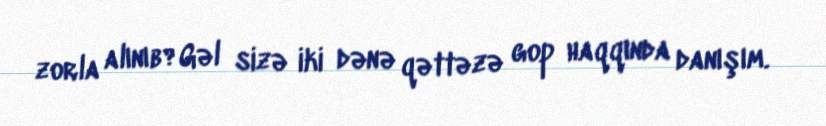
zorla alınıb?Gəl sizə iki dənə qəttəzə gop haqqında danışım.